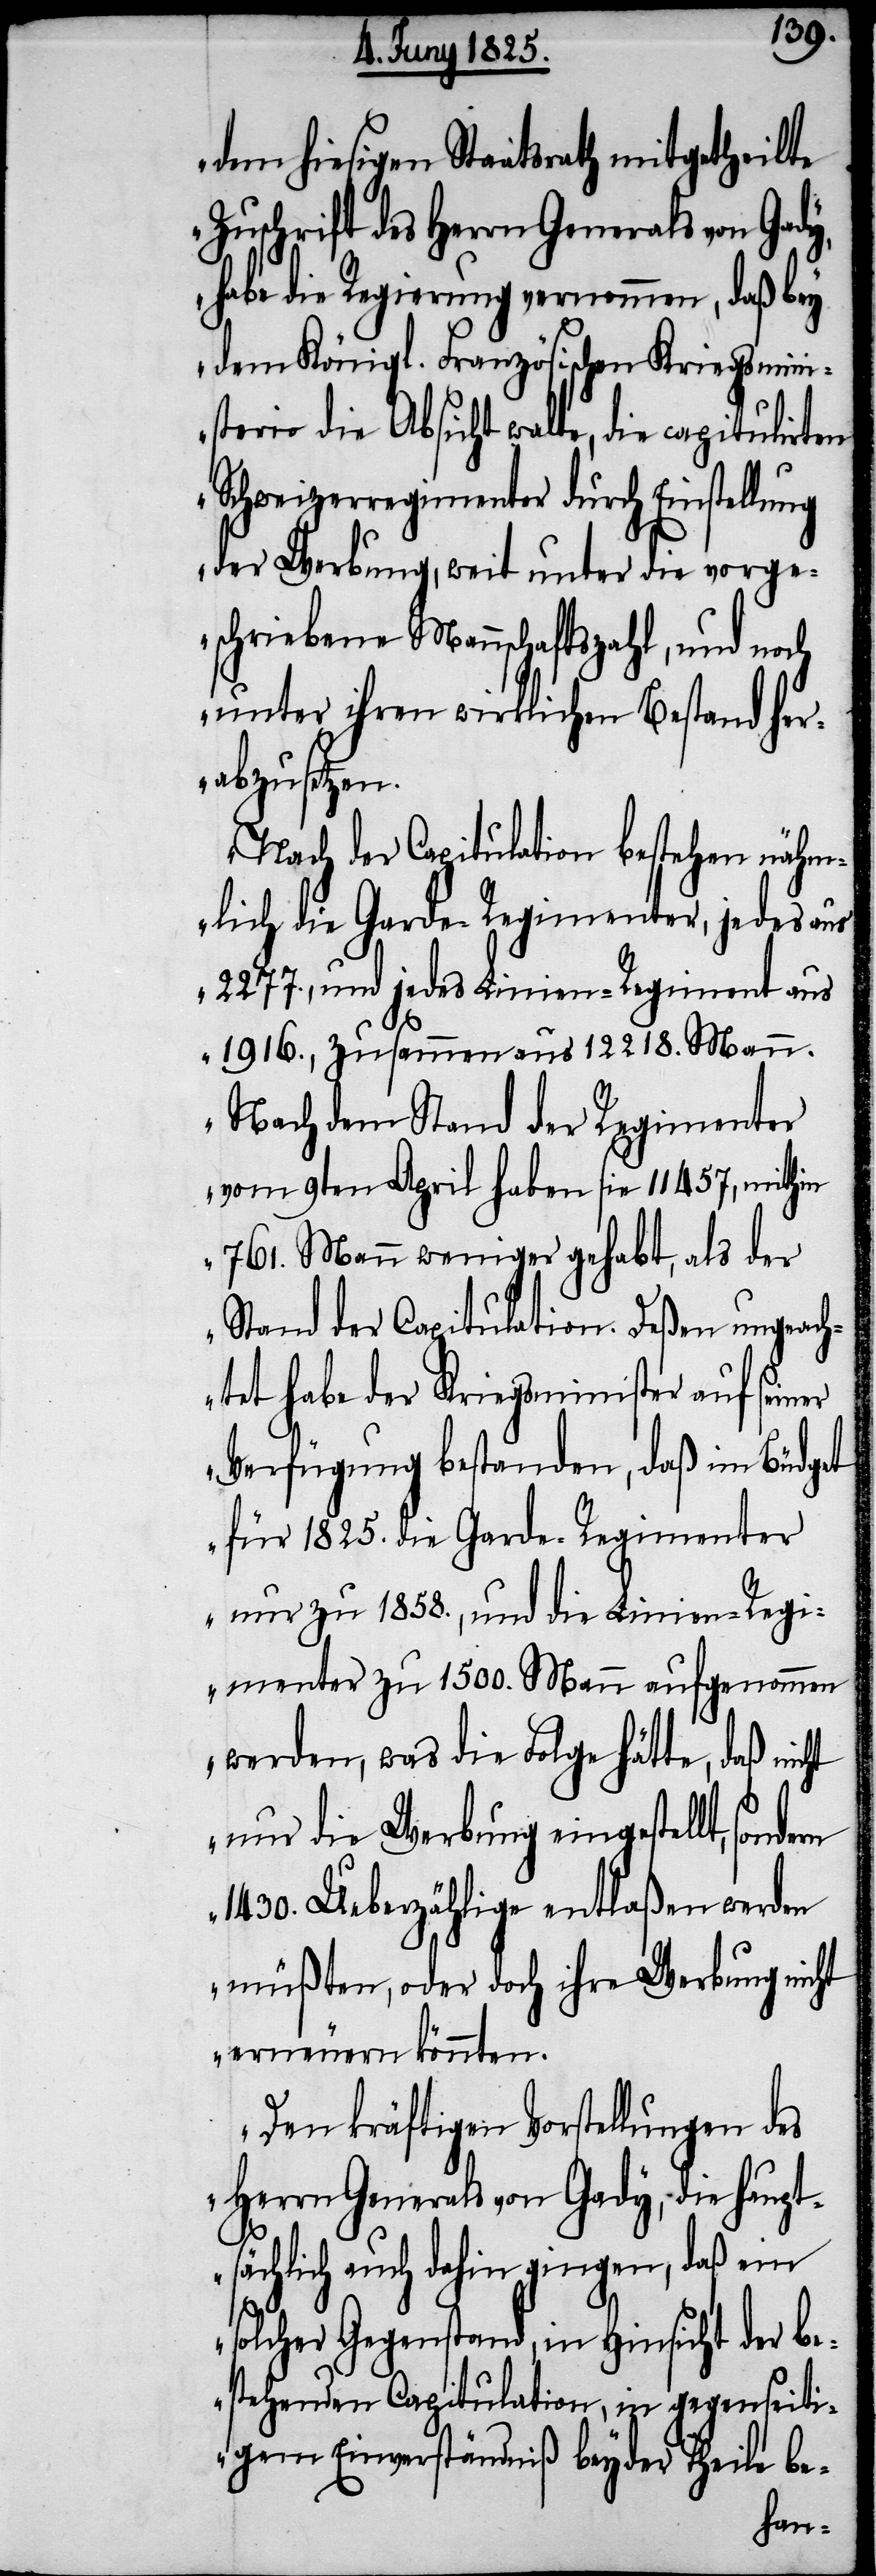
dem hiesigen Staatsrath mitgetheilte
Zuschrift des Herrn Generals von Gady,
habe die Regierung vernommen, daß bey
dem Königl. Französischen Kriegsmini¬
sterio die Absicht walte, die capitulirten
Schweizerregimenter durch Einstel¬
der Werbung, weit unter die vorge¬
schriebene Mannschaftszahl, und noch
unter ihren wirklichen Bestand her¬
abzusetzen.
Nach der Capitulation bestehen nähm¬
lich die Garde-Regimenter, jedes aus
2277., und jedes Linien-Regiment aus
1916., zusammen aus 12218. Mann.
Nach dem Stand der Regimenter
vom 9ten April haben sie 11457, mithin
761. Mann weniger gehabt, als der
Stand der Capitulation. Deßen ungeach¬
tet habe der Kriegsminister auf seiner
Verfügung bestanden, daß im Büdget
für 1825. die Garde-Regimenter
nur zu 1858., und die Linien-Regi¬
menter zu 1500. Mann aufgenommen
werden, was die Folge hätte, daß nicht
nur die Werbung eingestellt, sondern
1430. Ueberzählige entlaßen werden
müßten, oder doch ihre Werbung nicht
erneuern könnten.
Den kräftigen Vorstellungen des
Herrn Generals von Gady, die haupt¬
sächlich auch dahin gingen, daß ein
solcher Gegenstand, in Hinsicht der be¬
stehenden Capitulation, in gegenseiti¬
gem Einverständniß beyder Theile be-
lung